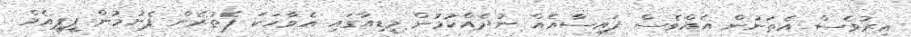
އިރުވެސް އެތަނުން އެއްވެސް ފައިސާއެއް ނުދެއްކުމުން މީޑިއާގައި އެވާހަކަ ފެތުރެން ފެށުމުން ޕީޕީއެމް